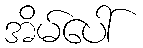
အိမ်ပေါ်